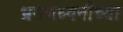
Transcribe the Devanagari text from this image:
भ्रमणध्वनीच्या